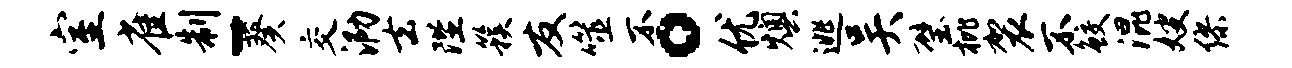
室雀制-葵交泐去陛簇友噬不。优燠逃吴璧枇袈不鲛混嫂缪